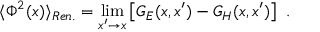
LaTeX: \langle \Phi ^ { 2 } ( x ) \rangle _ { R e n . } = \operatorname * { l i m } _ { x ^ { \prime } \to x } \left[ G _ { E } ( x , x ^ { \prime } ) - G _ { H } ( x , x ^ { \prime } ) \right] \ .